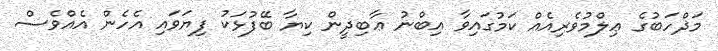
މަޛްހަބުގެ ޢިލްމުވެރިއެއް ކަމުގައިވާ އިބްނު ޢާބިދީން ކިޔާ ބޭފުޅަކު ފިޔަވައި އެހެން އެއްވެސް